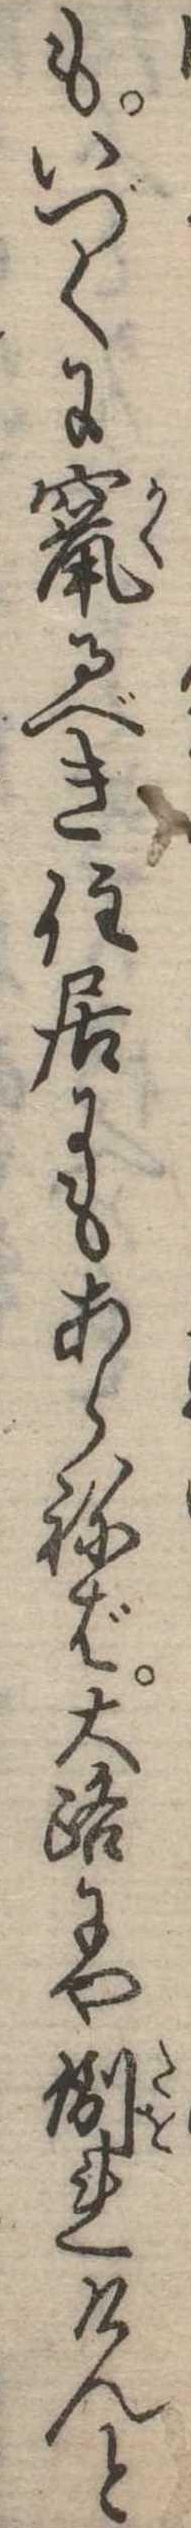
もいづくに竄るべき住居にもあらねば大路にや倒れけんと